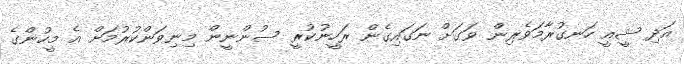
އަދި ޝީއީ ހަނގުރާމަވެރިން ވަގަށް ނަަގައިގެން ރަހީނުކުރީ ސުންނީން މިނިވަންކުރުމަށް އެ މީހުންގެ